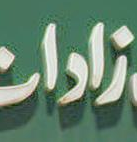
زادات